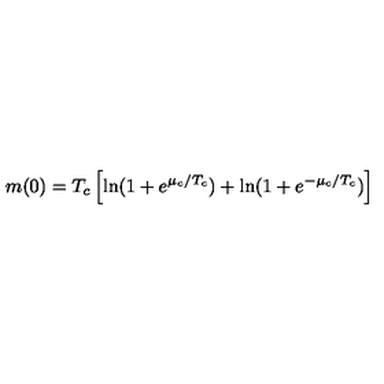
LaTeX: m ( 0 ) = T _ { c } \left[ \ln ( 1 + e ^ { \mu _ { c } / T _ { c } } ) + \ln ( 1 + e ^ { - \mu _ { c } / T _ { c } } ) \right]